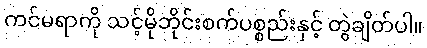
ကင်မရာကို သင့်မိုဘိုင်းစက်ပစ္စည်းနှင့် တွဲချိတ်ပါ။